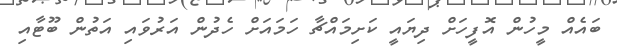
ބައެއް މީހުން އޮފީހަށް ދިޔައީ ކަށިމައްޗާ ހަމައަށް ހެދުން އަރުވައި އަތުން ބޫޓާއި